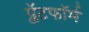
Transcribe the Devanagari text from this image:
प्लॅटफाॅर्म